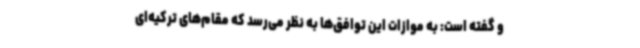
و گفته است: به موازات این توافق‌ها به نظر می‌رسد که مقام‌های ترکیه‌ای